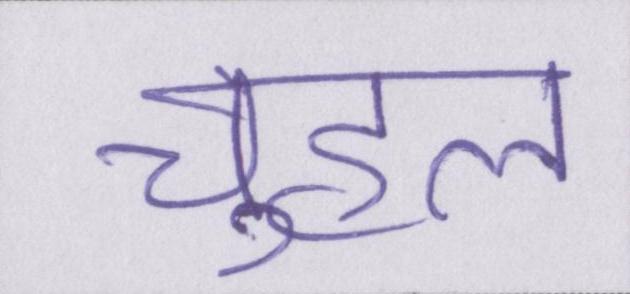
चुहल